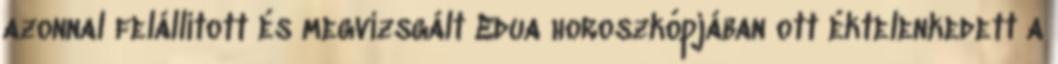
azonnal felállított és megvizsgált Edua horoszkópjában ott éktelenkedett a